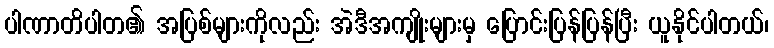
ပါဏာတိပါတ၏ အပြစ်များကိုလည်း အဲဒီအကျိုးများမှ ပြောင်းပြန်ပြန်ပြီး ယူနိုင်ပါတယ်၊